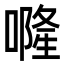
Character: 𠾐